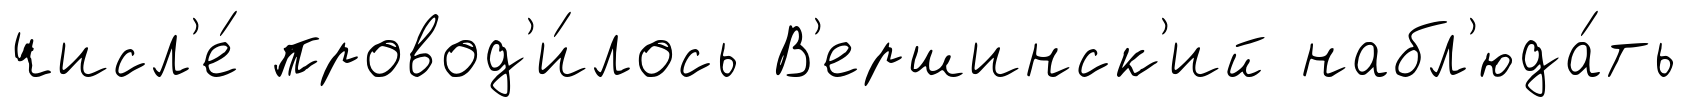
числ'е́ провод'и́лось В'ершинск'ий набл'юда́ть